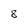
Character: 8